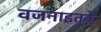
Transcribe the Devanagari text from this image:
वजनाइतके